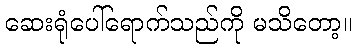
ဆေးရုံပေါ်ရောက်သည်ကို မသိတော့။